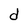
Character: d